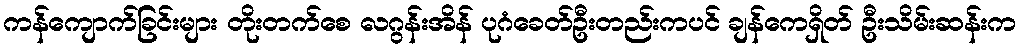
ကန်ကျောက်ခြင်းများ တိုးတက်စေ လဂွန်းအိန် ပုဂံခေတ်ဦးတည်းကပင် ချန်ကေရှိတ် ဦးသိမ်းဆန်းက